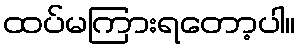
ထပ်မကြားရတော့ပါ။